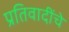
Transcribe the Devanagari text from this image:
प्रतिवादींचे